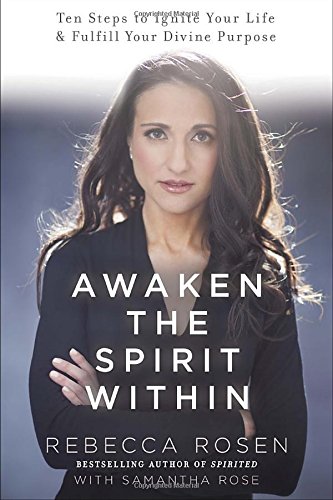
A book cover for Awaken the Spirit Within: 10 Steps to Ignite Your Life and Fulfill Your Divine Purpose; Rebecca Rosen; Religion & Spirituality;